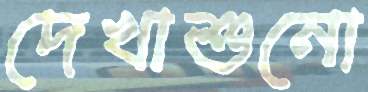
দেখাশুনো